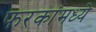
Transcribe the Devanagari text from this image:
फरकांमध्ये